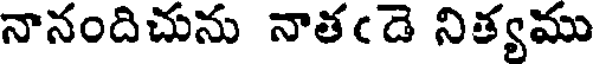
నానందిచును నాతఁడె నిత్యము